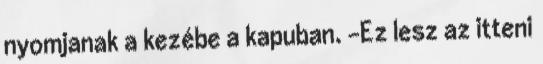
nyomjanak a kezébe a kapuban. -Ez lesz az itteni